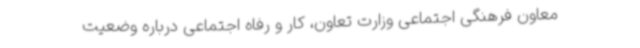
معاون فرهنگی اجتماعی وزارت تعاون، کار و رفاه اجتماعی درباره وضعیت